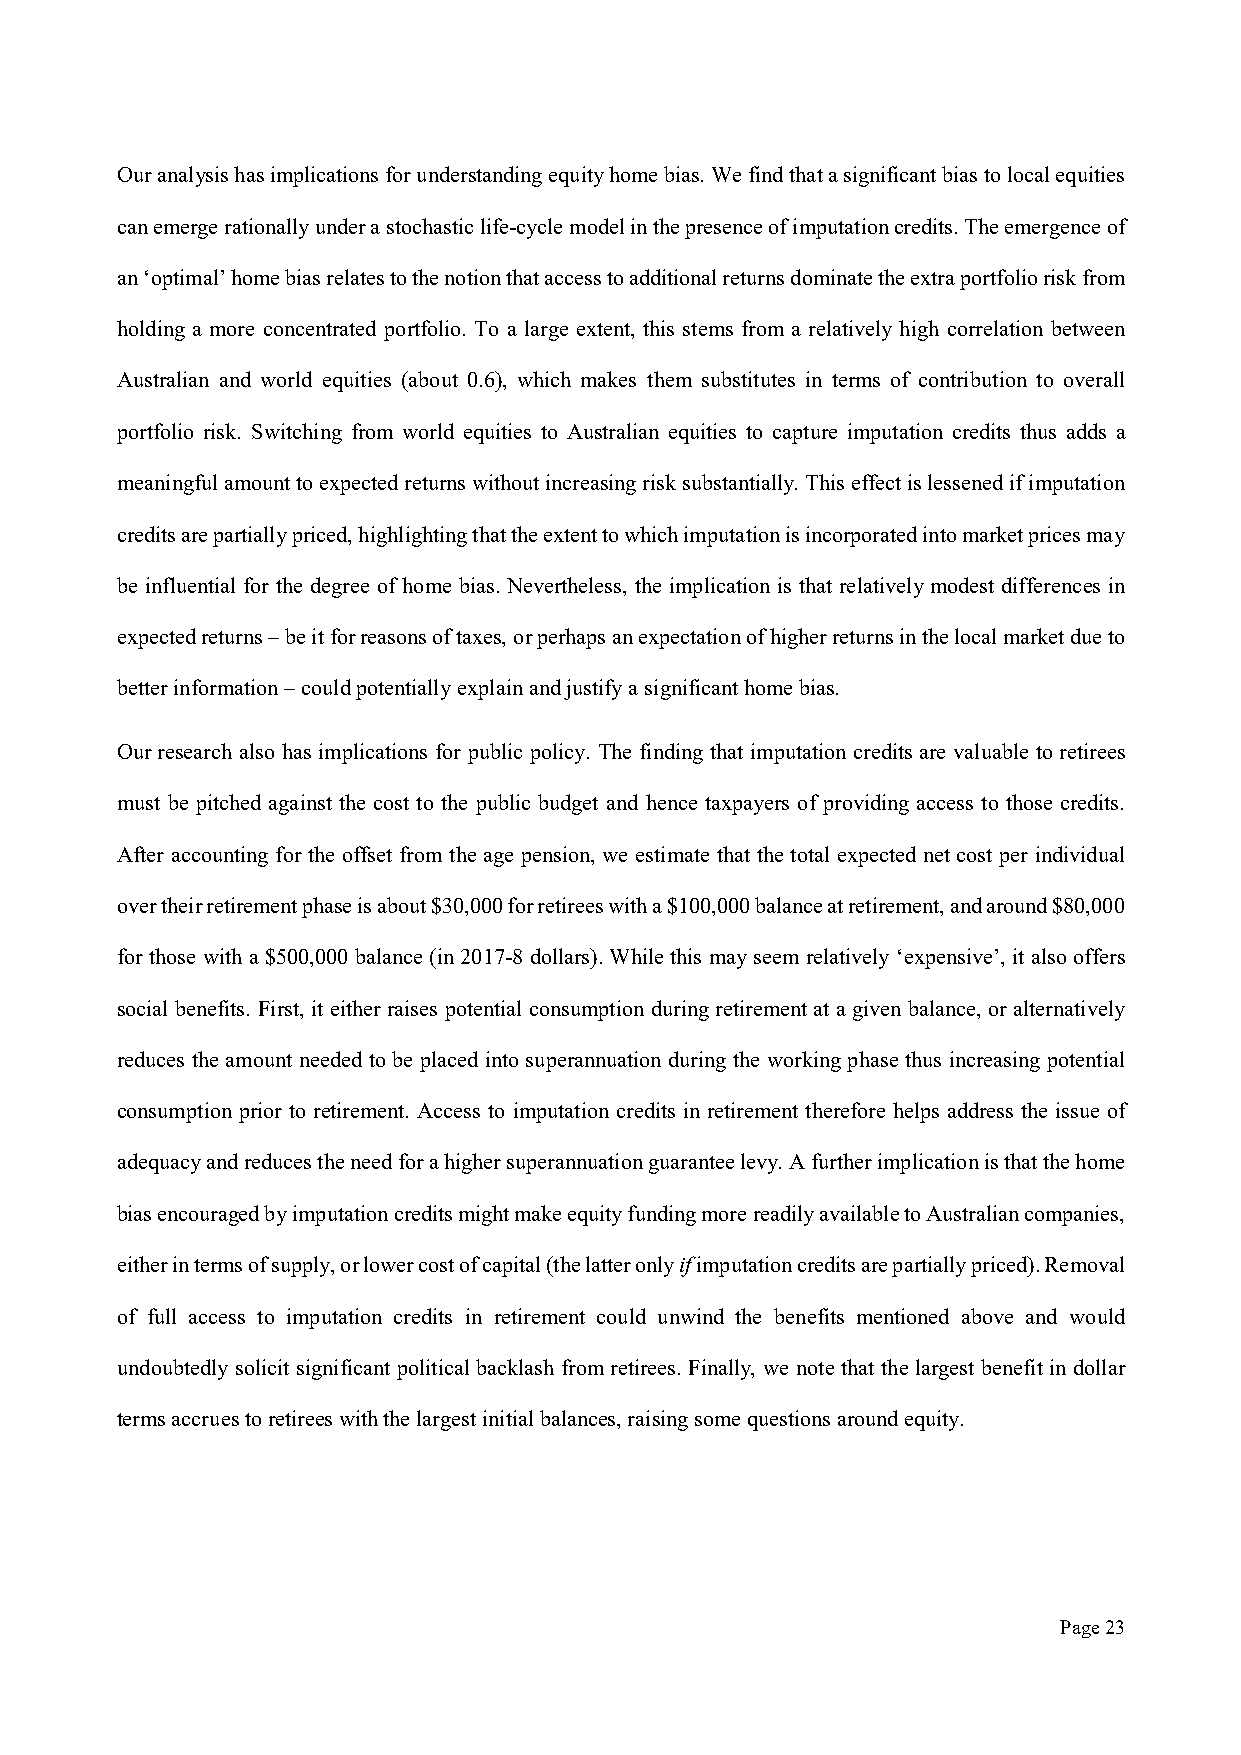
Our analysis has implications for understanding equity home bias. We find that a significant bias to local equities
 can emerge rationally under a stochastic life-cycle model in the presence of imputation credits. The emergence of
 an ‘optimal’ home bias relates to the notion that access to additional returns dominate the extra portfolio risk from
 holding a more concentrated portfolio. To a large extent, this stems from a relatively high correlation between
 Australian and world equities (about 0.6), which makes them substitutes in terms of contribution to overall
 portfolio risk. Switching from world equities to Australian equities to capture imputation credits thus adds a
 meaningful amount to expected returns without increasing risk substantially. This effect is lessened if imputation
 credits are partially priced, highlighting that the extent to which imputation is incorporated into market prices may
 be influential for the degree of home bias. Nevertheless, the implication is that relatively modest differences in
 expected returns – be it for reasons of taxes, or perhaps an expectation of higher returns in the local market due to
 better information – could potentially explain and justify a significant home bias.
 Our research also has implications for public policy. The finding that imputation credits are valuable to retirees
 must be pitched against the cost to the public budget and hence taxpayers of providing access to those credits.
 After accounting for the offset from the age pension, we estimate that the total expected net cost per individual
 over their retirement phase is about $30,000 for retirees with a $100,000 balance at retirement, and around $80,000
 for those with a $500,000 balance (in 2017-8 dollars). While this may seem relatively ‘expensive’, it also offers
 social benefits. First, it either raises potential consumption during retirement at a given balance, or alternatively
 reduces the amount needed to be placed into superannuation during the working phase thus increasing potential
 consumption prior to retirement. Access to imputation credits in retirement therefore helps address the issue of
 adequacy and reduces the need for a higher superannuation guarantee levy. A further implication is that the home
 bias encouraged by imputation credits might make equity funding more readily available to Australian companies,
 either in terms of supply, or lower cost of capital (the latter only if imputation credits are partially priced). Removal
 of full access to imputation credits in retirement could unwind the benefits mentioned above and would
 undoubtedly solicit significant political backlash from retirees. Finally, we note that the largest benefit in dollar
 terms accrues to retirees with the largest initial balances, raising some questions around equity.
 Page 23